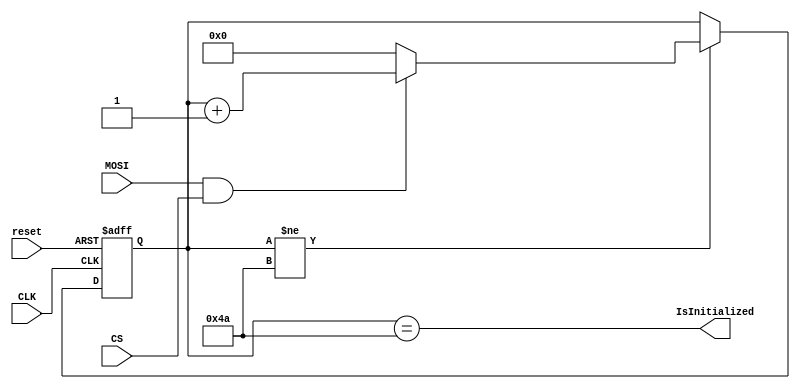
module SpiStabilizer(
    input MOSI,
    input CLK,
    input CS,
    input reset,
    output IsInitialized
);
    reg [6:0] initial_count;

    assign IsInitialized = initial_count == 74;

    always @(posedge CLK or posedge reset) begin
         if(reset) begin
            initial_count = 0;
        end else if(initial_count != 74) begin
            initial_count = (MOSI && CS) ? (initial_count + 1) : 0;
        end 
    end
endmodule